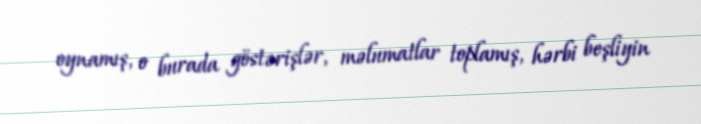
oynamış, o burada göstərişlər, məlumatlar toplamış, hərbi beşliyin